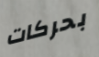
بحركات